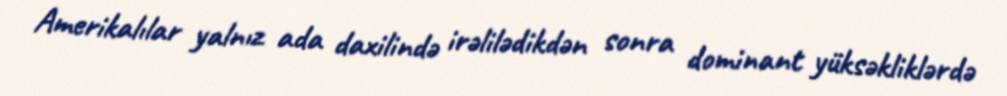
Amerikalılar yalnız ada daxilində irəlilədikdən sonra dominant yüksəkliklərdə